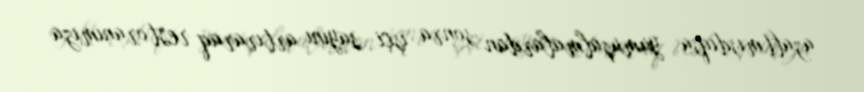
azaltmışdıqsa, yumuşalmalardan sonra işçi sayını artıraraq restoranımıza